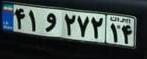
۴۱و۲۷۲۱۴